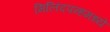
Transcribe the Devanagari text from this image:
मिलिंदपन्हमध्ये